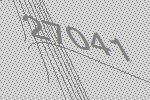
27041